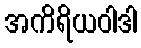
အကိရိယဝါဒါ